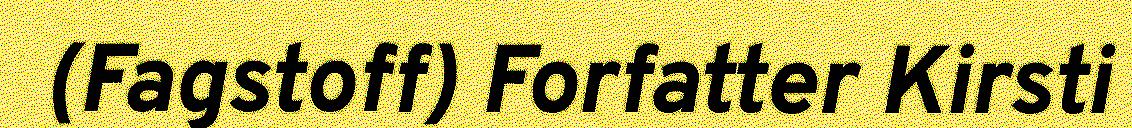
(Fagstoff) Forfatter Kirsti